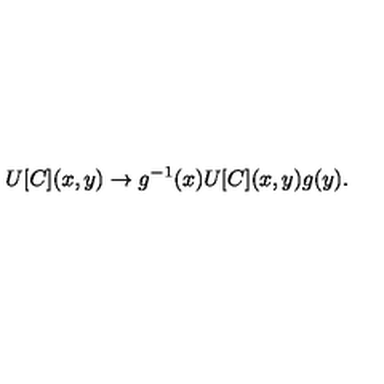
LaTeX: U [ C ] ( x , y ) \to g ^ { - 1 } ( x ) U [ C ] ( x , y ) g ( y ) .